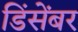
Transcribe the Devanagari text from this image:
डिंसेंबर